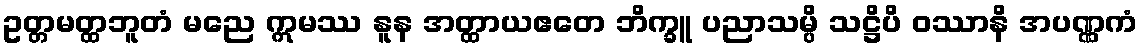
ဥတ္တမတ္ထဘူတံ မညေ ဣမဿ နူန အတ္ထာယဧတေ ဘိက္ခူ ပညာသမ္ပိ သဋ္ဌိပိ ဝဿာနိ အပဏ္ဏကံ